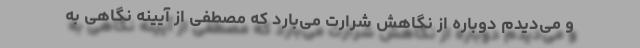
و می‌دیدم دوباره از نگاهش شرارت می‌بارد که مصطفی از آیینه نگاهی به